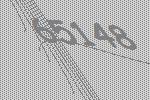
65148